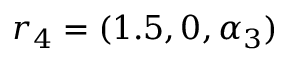
r _ { 4 } = ( 1 . 5 , 0 , \alpha _ { 3 } )